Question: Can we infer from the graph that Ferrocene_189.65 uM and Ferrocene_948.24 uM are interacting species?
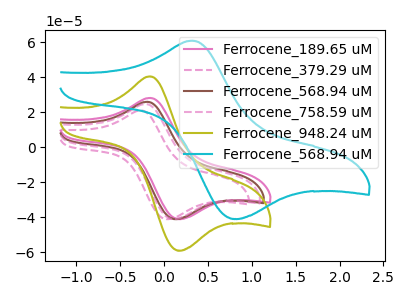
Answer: <think>The pink curve "Ferrocene_189.65 uM" has an anodic peak at (-0.15V, 28.10uA) and a cathodic peak at (0.20V, -41.10uA). The pink dashed curve "Ferrocene_379.29 uM" has an anodic peak at (-0.25V, 21.00uA) and a cathodic peak at (0.05V, -41.10uA). The brown curve "Ferrocene_568.94 uM" has an anodic peak at (-0.20V, 25.90uA) and a cathodic peak at (0.15V, -41.10uA). The pink dashed curve "Ferrocene_758.59 uM" has an anodic peak at (-0.20V, 24.65uA) and a cathodic peak at (0.10V, -41.10uA). The olive curve "Ferrocene_948.24 uM" has an anodic peak at (-0.15V, 40.45uA) and a cathodic peak at (0.20V, -59.15uA). The cyan curve "Ferrocene_568.94 uM" has an anodic peak at (0.35V, 60.85uA) and a cathodic peak at (0.85V, -41.05uA).
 All the peaks in "Ferrocene_189.65 uM" have a peak in "Ferrocene_948.24 uM" at the same potential. Every peak in "Ferrocene_189.65 uM" is lower than every peak in "Ferrocene_948.24 uM".</think>
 <answer>No, "Ferrocene_189.65 uM" and "Ferrocene_948.24 uM" don't appear to be significantly different in shape</answer>
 <eval>no_change</eval>